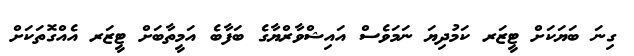
ގިނަ ބަޔަކަށް ޓީޒަރ ކަމުދިޔަ ނަމަވެސް އައިޝްވާރްޔާގެ ބަފާބެ އަމީތާބަށް ޓީޒަރ އެއްގޮތަކަށް